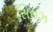
સિરાઝ